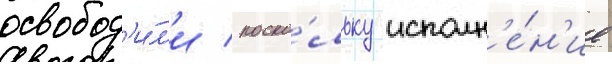
освобод'и́л'и / поско́льку исполн'е́н'ие